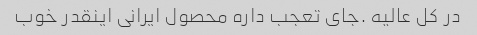
در کل عالیه .جای تعجب داره محصول ایرانی اینقدر خوب